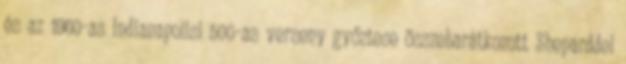
és az 1960-as Indianapolisi 500-as verseny győztese összebarátkozott Sheparddel